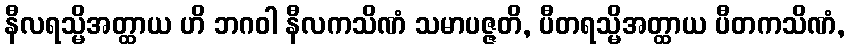
နီလရသ္မိအတ္ထာယ ဟိ ဘဂဝါ နီလကသိဏံ သမာပဇ္ဇတိ, ပီတရသ္မိအတ္ထာယ ပီတကသိဏံ,